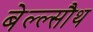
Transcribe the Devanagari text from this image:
बेल्ल्सौथ